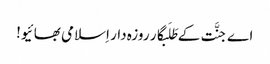
اے جنَّت کے طَلَبگار روزہ دار اِسلامی بھائیو!